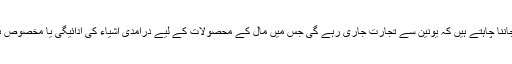
برطانوی عوام جاننا چاہتے ہیں کہ یونین سے تجارت جاری رہے گی جس میں مال کے محصولات کے لیے درآمدی اشیاء کی ادائیگی یا مخصوص برقرار رہے گا؟